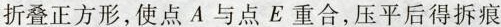
折叠正方形，使点A与点E重合，压平后得拆痕